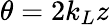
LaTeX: \theta=2k_{L}z